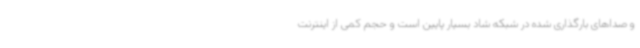
و صداهای بارگذاری شده در شبکه شاد بسیار پایین است و حجم کمی از اینترنت